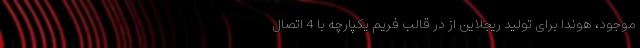
موجود، هوندا برای تولید ریجلاین از در قالب فریم یکپارچه با 4 اتصال